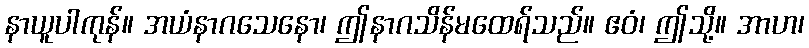
နာယူပါကုန်။ အယံနာဂသေနော၊ ဤနာဂသိန်မထေရ်သည်။ ဧဝံ၊ ဤသို့။ အာဟ၊